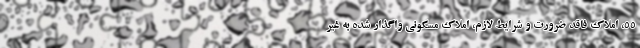
۵۵، املاک فاقد ضرورت و شرایط لازم، املاک مسکونی واگذار شده به غیر